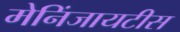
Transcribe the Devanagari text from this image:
मेनिंजायटीस